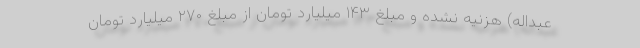
عبداله) هزنیه نشده و مبلغ ۱۴۳ میلیارد تومان از مبلغ ۲۷۰ میلیارد تومان